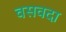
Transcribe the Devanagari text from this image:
वसवदा